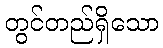
တွင်တည်ရှိသော